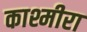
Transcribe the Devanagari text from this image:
काश्मीरा